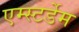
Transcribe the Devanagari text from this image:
एम्स्टर्डेम